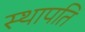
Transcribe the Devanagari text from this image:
स्‍थापति